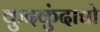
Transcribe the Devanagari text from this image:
कुदकुंदाद्यो